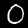
Digit: 0